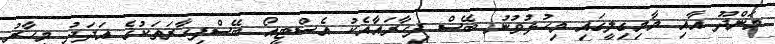
މަންދޫ އާއި މާމިގިލީގައި މިހުޅުވުނު ބޭސް ފިހާރައާއެކު އެސްޓީއޯ ބޭސްފިހާރަތަކުގެ އަދަދު މިހާރު